Indian journal of veterinary science and animal husbandry - Volume 9,
Year: 1939
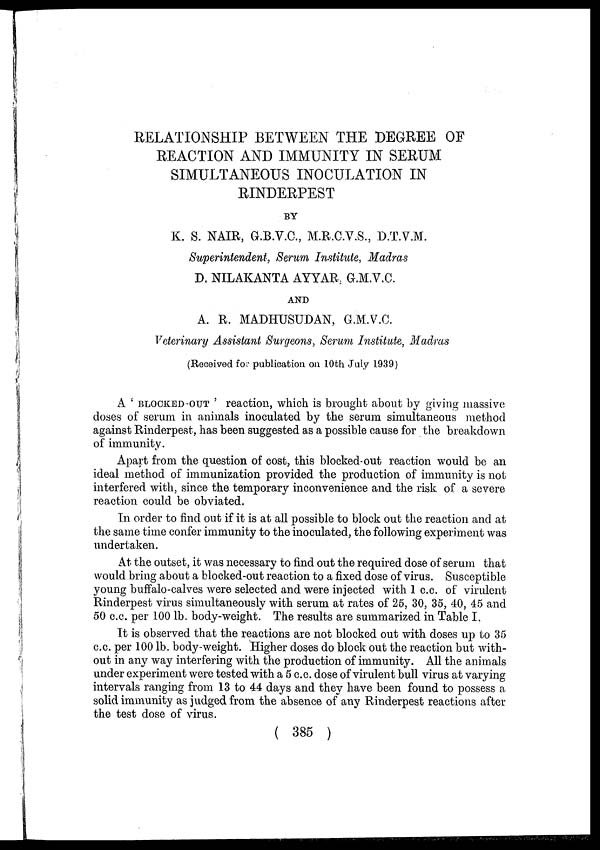
RELATIONSHIP BETWEEN THE DEGREE OF
REACTION AND IMMUNITY IN SERUM
SIMULTANEOUS INOCULATION IN
RINDERPEST
BY
K. S. NAIR, G.B.V.C., M.R.C.V.S., D.T.V.M.
Superintendent, Serum Institute, Madras
D. NILAKANTA AYYAR, G.M.V.C.
AND
A. R. MADHUSUDAN, G.M.V.C.
Veterinary Assistant Surgeons, Serum Institute, Madras
(Received for publication on 10th July 1939)
A ' BLOCKED-OUT ' reaction, which is brought about by giving massive
doses of serum in animals inoculated by the serum simultaneous method
against Rinderpest, has been suggested as a possible cause for the breakdown
of immunity.
Apart from the question of cost, this blocked-out reaction would be an
ideal method of immunization provided the production of immunity is not
interfered with, since the temporary inconvenience and the risk of a severe
reaction could be obviated.
In order to find out if it is at all possible to block out the reaction and at
the same time confer immunity to the inoculated, the following experiment was
undertaken.
At the outset, it was necessary to find out the required dose of serum that
would bring about a blocked-out reaction to a fixed dose of virus. Susceptible
young buffalo-calves were selected and were injected with 1 c.c. of virulent
Rinderpest virus simultaneously with serum at rates of 25, 30, 35, 40, 45 and
50 c.c. per 100 lb. body-weight. The results are summarized in Table I.
It is observed that the reactions are not blocked out with doses up to 35
c.c. per 100 lb. body-weight. Higher doses do block out the reaction but with-
out in any way interfering with the production of immunity. All the animals
under experiment were tested with a 5 c.c. dose of virulent bull virus at varying
intervals ranging from 13 to 44 days and they have been found to possess a
solid immunity as judged from the absence of any Rinderpest reactions after
the test dose of virus.
( 385 )